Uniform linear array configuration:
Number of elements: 12
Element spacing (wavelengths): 0.5
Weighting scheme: binomial
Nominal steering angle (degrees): -60
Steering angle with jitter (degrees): -61.674
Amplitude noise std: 0.05
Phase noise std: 0.05

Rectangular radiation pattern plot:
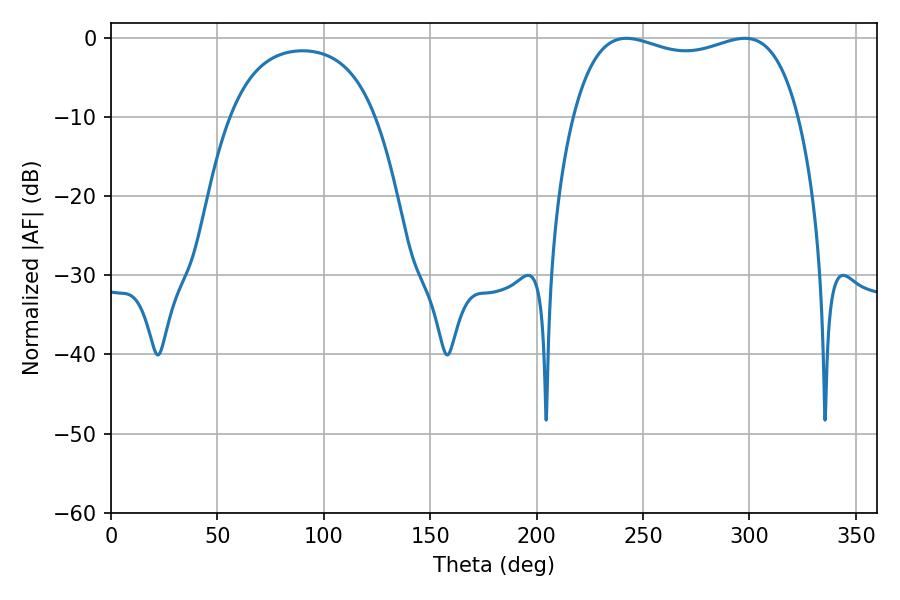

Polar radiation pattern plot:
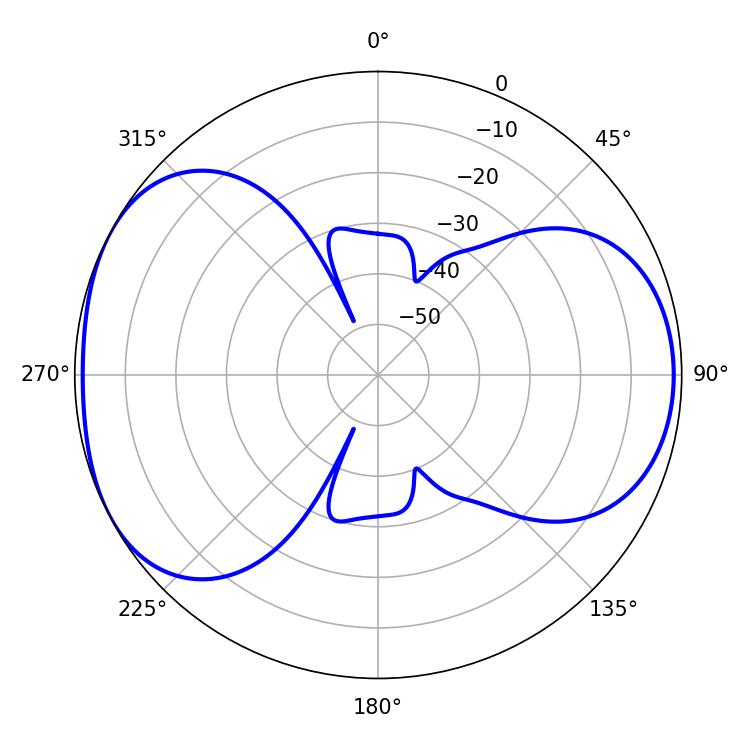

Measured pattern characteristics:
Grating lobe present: FALSE
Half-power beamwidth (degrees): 86.4
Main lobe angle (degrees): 242.28